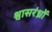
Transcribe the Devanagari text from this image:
श्वासरंध्रों